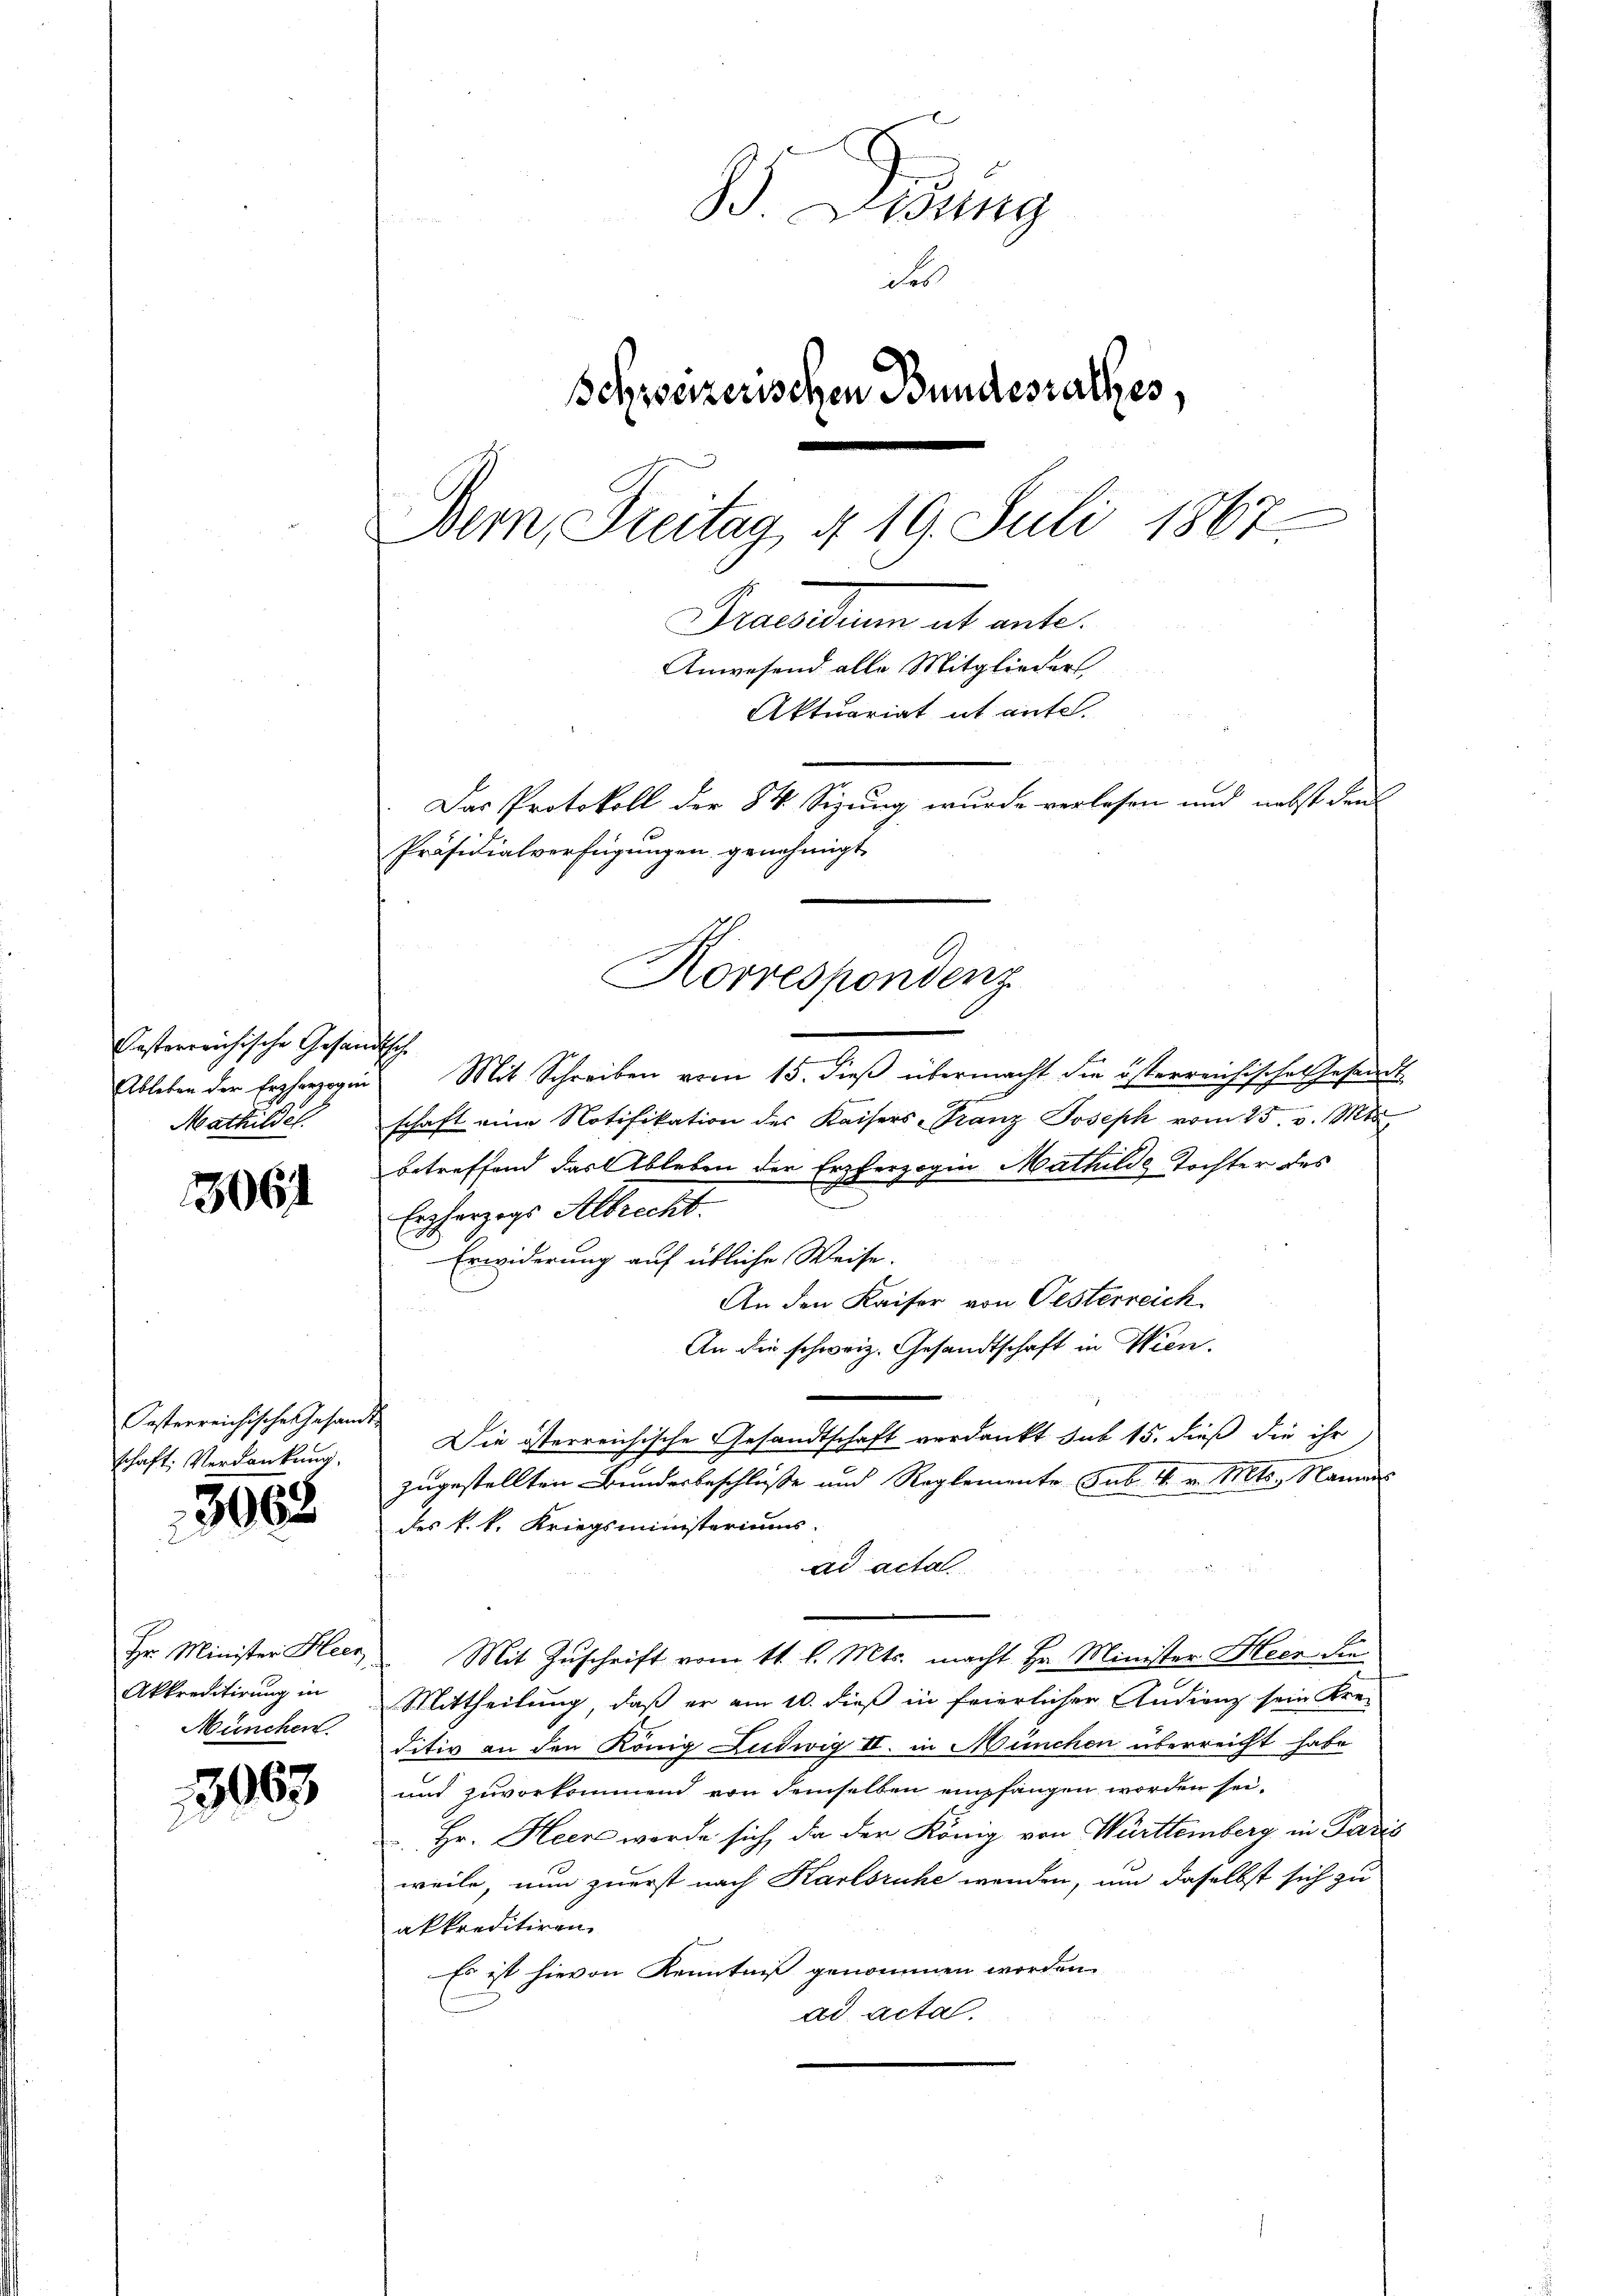
Oesterreichische Gesandtsche
Ableben der Erzherzogin
Mathildet.

3061

Oesterreichischen Gesam-
schaft. Verdankung.

3968

Hr. Minister Heer
Akkreditirung in
München.

3003

. Lesung
des
Schweizerischen Bundessalzes,
1867
Bern, Freitag 419. Juli
Precarium alt ante.
Anwesend alle Mitglieder
Aktuariat it ente.
Das Protokoll der 84 Sizung wurde verlesen und nebst den
Präsidialverfügungen genehmigt
Korrespondenz

.
Mit Schreiben vom 15. dieß übermacht die österreichisches Gesandt
schaft eine Notifikation des Kaisers Franz Joseph vom 25. v. Mts.
betreffend das Ableben der Erzherzogin Mathilde Tochter des
Erzherzogs Albrecht.
Erwiderung auf übliche Weise.
An den Kaiser von Oesterreich
An die schweiz. Gesandtschaft in Wien.
Die österreichische Gesandtschaft verdankt sub 15. dieß die ihr
zugestellten Bundesbeschlüße und Reglemente sub. 4. v. Mts., Namens
des k. k. Kriegsministeriums.
ad acta
Mit Zuschrift vom 11. l. Mts. macht Hr. Minister Heer die
.
Mittheilung, daß er am 10. dieß in feierlicher Andienz sein Kre-
ditiv an den König Ludwig II. in München überreicht habe
und zuvorkommend von demselben empfangen worden sei¬
Hr. Heer werde sich da der König von Württemberg in Paris
weile, nun zuerst nach Karlsruhe wenden, um daselbst sich zu
akkreditiren.
Es ist hievon Kenntniß genommen worden.
ad acta.